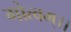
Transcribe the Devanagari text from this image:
गोत्वम्।।